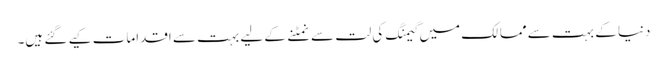
دنیا کے بہت سے ممالک میں گیمنگ کی لت سے نمٹنے کے لیے بہت سے اقدامات کیے گئے ہیں۔